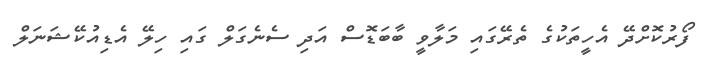
ފޯރުކޮށްދޭ އެހީތަކުގެ ތެރޭގައި މަލާވީ ބާބަޑޮސް އަދި ސެނެގަލް ގައި ހިލޭ އެޑިއުކޭޝަނަލް